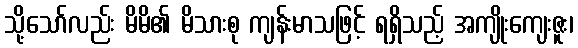
သို့သော်လည်း မိမိ၏ မိသားစု ကျန်းမာသဖြင့် ရရှိသည့် အကျိုးကျေးဇူး၊